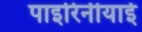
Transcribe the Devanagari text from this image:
पाइरिनीयाई